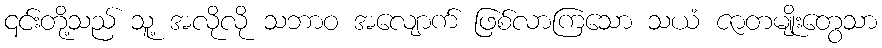
၎င်းတို့သည် သူ့ အလိုလို သဘာဝ အလျောက် ဖြစ်လာကြသော သယံ ဇာတမျိုးတွေသာ